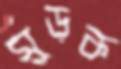
মুড়ক